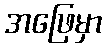
အဖြေမှာ